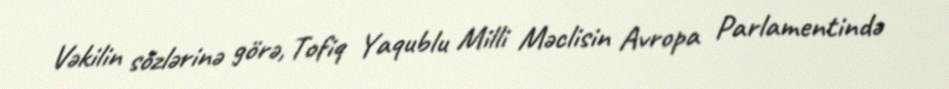
Vəkilin sözlərinə görə, Tofiq Yaqublu Milli Məclisin Avropa Parlamentində